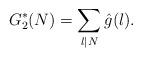
LaTeX: \begin{align*} G^*_2(N)&=\sum_{l\mid N}\hat{g}(l).\end{align*}